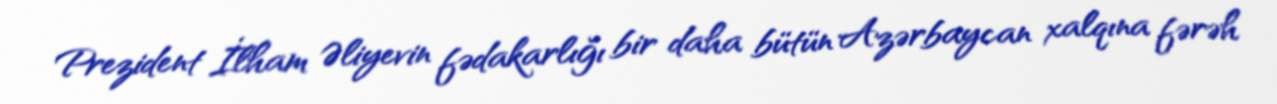
Prezident İlham Əliyevin fədakarlığı bir daha bütün Azərbaycan xalqına fərəh